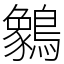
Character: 䴂